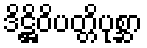
ဒိဋ္ဌိဝိပတ္တိပုစ္ဆာ